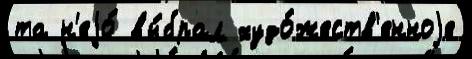
та н'еjо́ вы́брал худо́жеств'енноjе